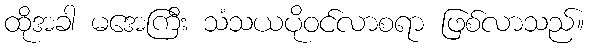
ထိုအခါ မအေကြီး သံသယပိုဝင်လာစရာ ဖြစ်လာသည်။